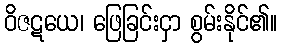
ဝိဇဋယေ၊ ဖြေခြင်းငှာ စွမ်းနိုင်၏။